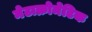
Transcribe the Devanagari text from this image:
मेटाक्रोमेटिक